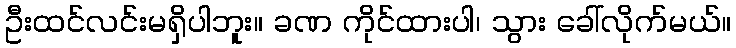
ဦးထင်လင်းမရှိပါဘူး။ ခဏ ကိုင်ထားပါ၊ သွား ခေါ်လိုက်မယ်။